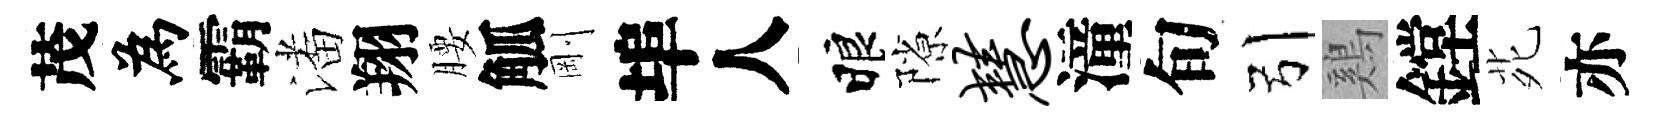
茂為霸潘翔腰觚剛埠人睱隙慧潼旬引鷄鏜𫟍亦